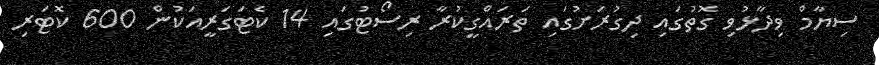
ސިޔާމް ވިދާޅުވި ގޮތުގައި ދިގުރަށުގައި ތަރައްގީކުރާ ރިސޯޓުގައި 14 ކެޓަގަރީއަކުން 600 ކޮޓަރި